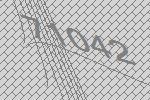
71042